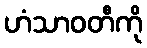
ဟံသာဝတီကို